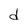
Character: d